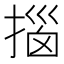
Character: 𫽨